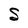
Character: S